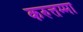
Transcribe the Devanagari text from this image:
करुत्तम्मा